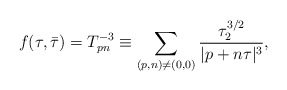
\begin{align*} f(\tau,\bar{\tau})= T_{pn}^{-3} \equiv \sum_{(p,n )\neq(0,0)}{\tau_2^{3/2}\over |p+n\tau|^3},\end{align*}